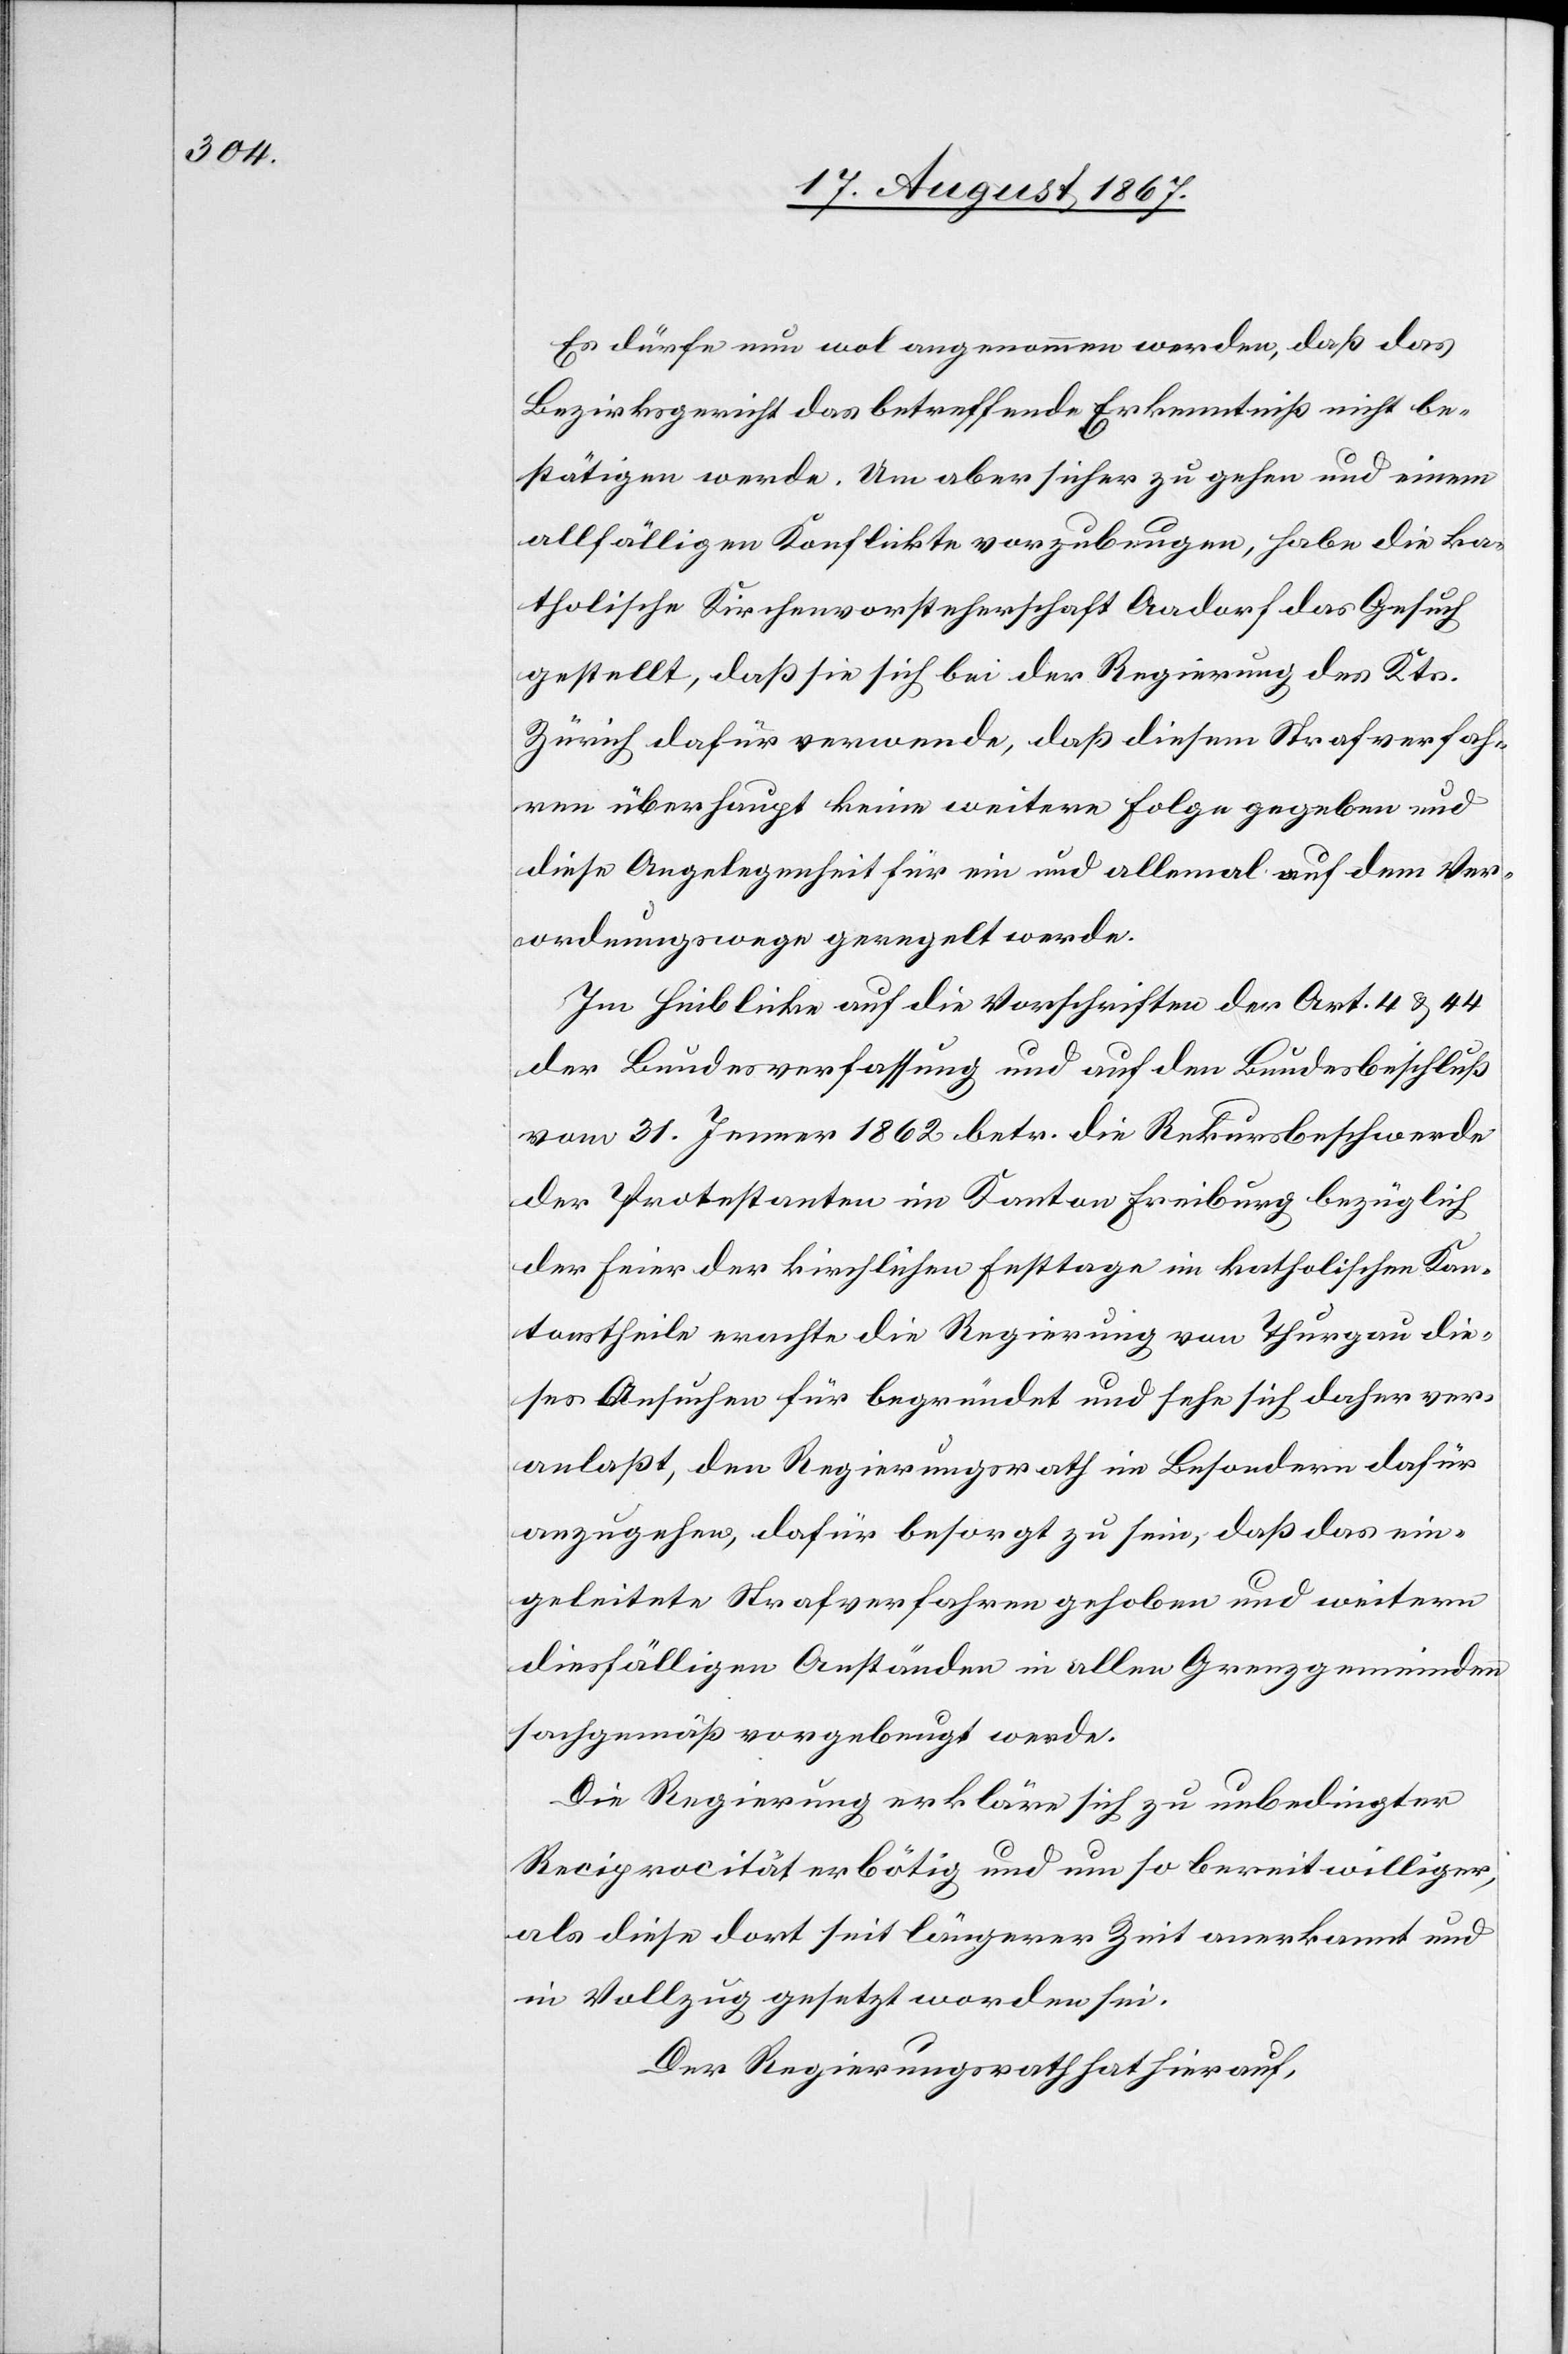
Es dürfe nun wol angenommen werden, daß das
Bezirksgericht das betreffende Erkenntniß nicht be¬
stätigen werde. Um aber sicher zu gehen und einem
allfälligen Konflikte vorzubeugen, habe die ka¬
tholische Kirchenvorsteherschaft Aadorf das Gesuch
gestellt, daß sie sich bei der Regierung des Kts.
Zürich dafür verwende, daß diesem Strafverfah¬
ren überhaupt keine weiter Folge gegeben und
diese Angelegenheit für ein und allemal auf dem Ver¬
ordnungswege geregelt werde.
Im Hinblicke auf die Vorschriften der Art. 4 u. 44
der Bundesverfassung und auf den Bundesbeschluß
vom 31. Jenner 1862 betr. die Rekursbeschwerde
der Protestanten im Kanton Freiburg bezüglich
der Feier der kirchlichen Festtage im katholischen Kan¬
tonstheile erachte die Regierung von Thurgau die¬
ses Ansuchen für begründet und sehe sich daher ver¬
anlaßt, den Regierungsrath im Besondern dafür
anzugehen, dafür besorgt zu sein, daß das ein¬
geleitete Strafverfahren gehoben und weitern
diesfälligen Anständen in allen Grenzgemeinden
sachgemäß vorgebeugt werde.
Die Regierung erklärt sich zu unbedingter
Reciprocität erbötig und um so bereitwilliger,
als diese dort seit längerer Zeit anerkannt und
in Vollzug gesetzt worden sei.
Der Regierungsrath hat hierauf,